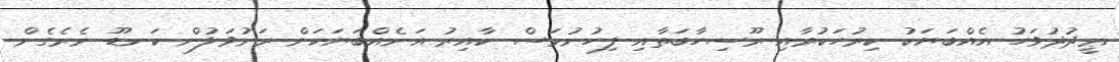
ޢީދުދުވަހު އެއްބަޔަކު ކިރުހަކުރާއި ރޫސިހާބަތާއި ފިހުނުމަސް ކާއިރު އަނެއްބަޔަކަށް ރަށުވަލުން ކަނޑޫ ނެރެގެން